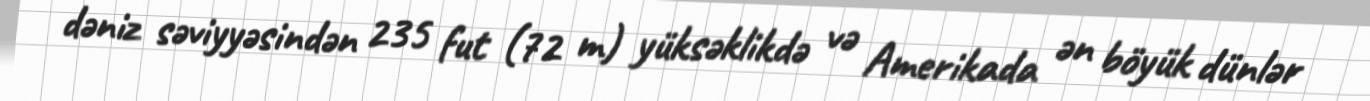
dəniz səviyyəsindən 235 fut (72 m) yüksəklikdə və Amerikada ən böyük dünlər